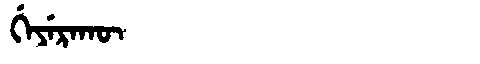
Manchu: ᡤᡝᠶᡝᡵᠠᡴᡡ
Romanization: GEYERAKŪ